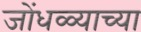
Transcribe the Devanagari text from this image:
जोंधळ्याच्या